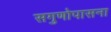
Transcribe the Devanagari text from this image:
सगुणोपासना